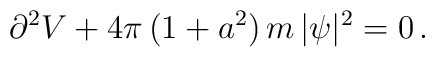
\partial^2 V + 4\pi\,(1 + a^2)\,m\,|\psi|^2 = 0\, .